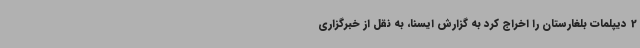
2 دیپلمات بلغارستان را اخراج کرد به گزارش ایسنا، به نقل از خبرگزاری